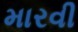
મારવી